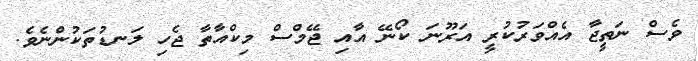
ވެސް ނަތީޖާ އެއްވަރުކުރީ އަރޫނަ ކޯނޭ އާއި ޖޭމްސް މިކްއާތާ ޖެހި ލަނޑުތަކުންނެވެ.